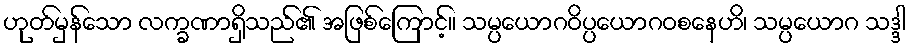
ဟုတ်မှန်သော လက္ခဏာရှိသည်၏ အဖြစ်ကြောင့်။ သမ္ပယောဂဝိပ္ပယောဂဝစနေဟိ၊ သမ္ပယောဂ သဒ္ဒါ